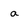
Character: a